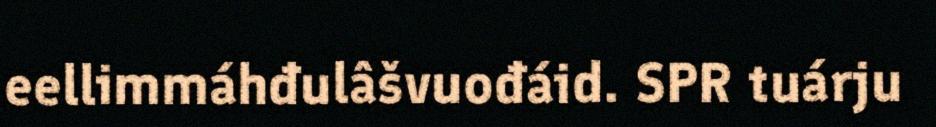
eellimmáhđulâšvuođáid. SPR tuárju